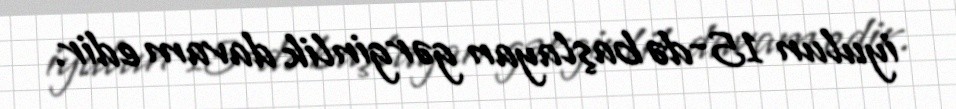
iyulun 15-də başlayan gərginlik davam edir.